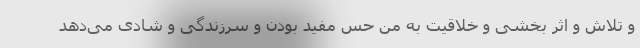
و تلاش و اثر بخشی و خلاقیت به من حس مفید بودن و سرزندگی و شادی می‌دهد